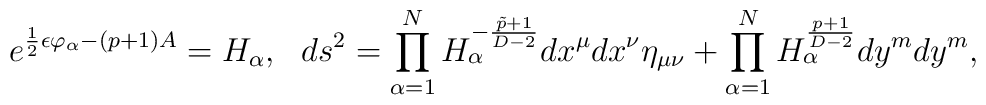
e^{{1\over 2}\epsilon\varphi_{\alpha}-(p+1)A}=H_{\alpha},\ \ ds^2=\prod^N_{\alpha=1}H^{-{{\tilde{p}+1}\over{D-2}}}_{\alpha}dx^{\mu}dx^{\nu}\eta_{\mu\nu}+\prod^N_{\alpha=1}H^{{p+1}\over{D-2}}_{\alpha}dy^mdy^m,